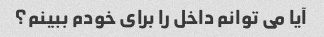
آیا می توانم داخل را برای خودم ببینم؟